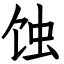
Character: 蚀